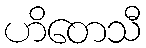
ဟိတေသီ